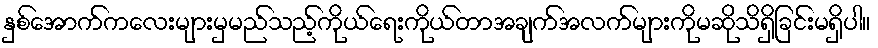
နှစ်အောက်ကလေးများမှမည်သည့်ကိုယ်ရေးကိုယ်တာအချက်အလက်များကိုမဆိုသိရှိခြင်းမရှိပါ။